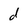
Character: d